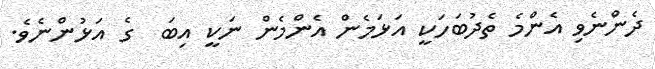
ދެންނެވި އެންމެ ތެދުބަހަކީ އަޅަމެން އެންމެން ނަކީ އިބަ  ގެ އަޅުންނެވެ.